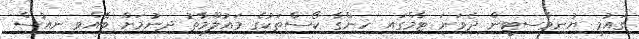
ގައުމީ ޔުނިވާސިޓީން ދެވަނަ ޓާމްގައި ހިންގާ ކޯސްތަކުގެ މައުލޫމާތު ދިނުމަށް ބޭއްވި ނިއުސް